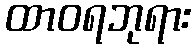
ထာဝရဘုရား